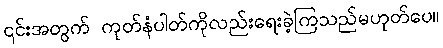
၎င်းအတွက် ကုတ်နံပါတ်ကိုလည်းရေးခဲ့ကြသည်မဟုတ်ပေ။